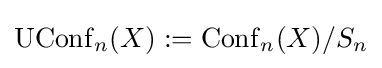
\operatorname {UConf} _{n}(X):=\operatorname {Conf} _{n}(X)/S_{n}